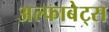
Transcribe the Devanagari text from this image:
अल्फाबेट्स